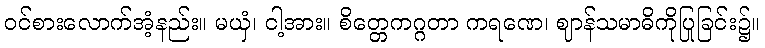
ဝင်စားလောက်အံ့နည်း။ မယှံ၊ ငါ့အား။ စိတ္တေကဂ္ဂတာ ကရဏေ၊ ဈာန်သမာဓိကိုပြုခြင်း၌။